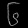
Digit: ၆